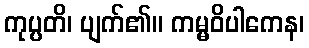
ကုပ္ပတိ၊ ပျက်၏။ ကမ္မဝိပါကေန၊